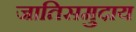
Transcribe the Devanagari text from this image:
जातिसमुदाय